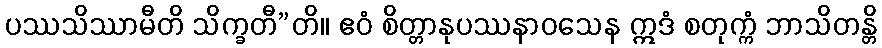
ပဿသိဿာမီတိ သိက္ခတီ”တိ။ ဧဝံ စိတ္တာနုပဿနာဝသေန ဣဒံ စတုက္ကံ ဘာသိတန္တိ